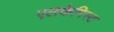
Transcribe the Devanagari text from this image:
एलकेमिस्ट